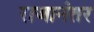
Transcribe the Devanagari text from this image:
राजानंतर